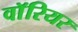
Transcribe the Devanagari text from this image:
वाॅरियर